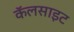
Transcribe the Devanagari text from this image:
कॅलसाइट